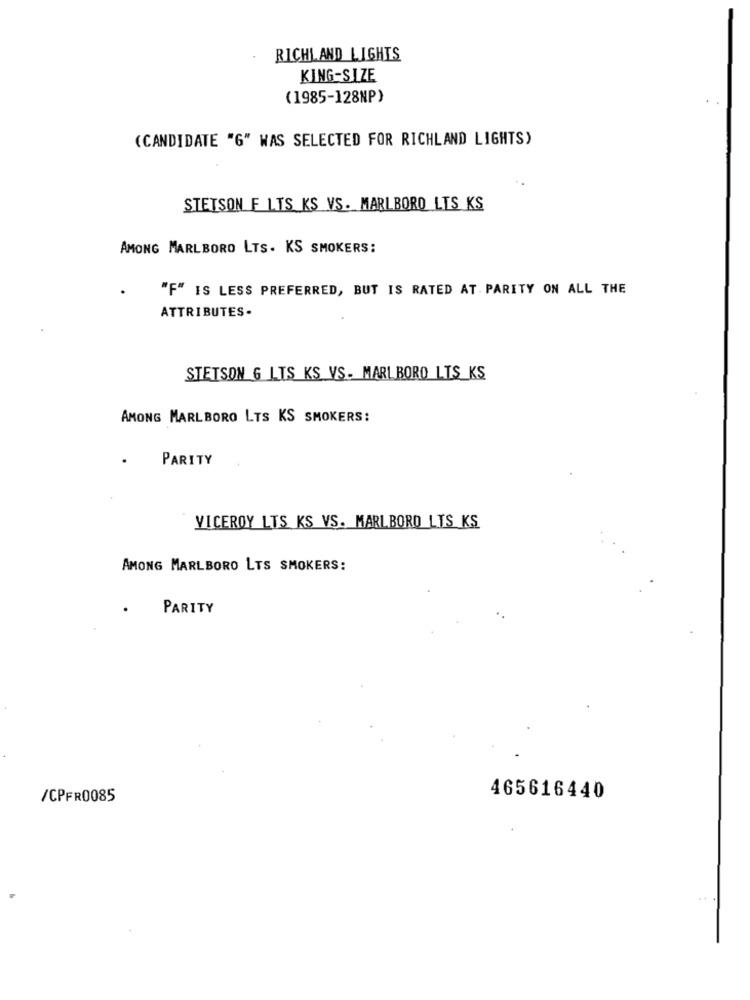
RICHLAND LIGHTS
KING-SIZE
(1985-128NP)
(CANDIDATE "G" WAS SELECTED FOR RICHLAND LIGHTS)
STETSON F L.TS KS VS. MARLBORO LTS KS
AMONG MARLBORO LTS. KS SMOKERS:
"F" IS LESS PREFERRED, BUT IS RATED AT PARITY ON ALL THE
ATTRIBUTES-
STETSON 6 LTS KS VS. MARLBORO LTS_KS
AMONG MARLBORO LTS KS SMOKERS:
.
PARITY
VICEROY LTS KS VS. MARLBORO LYS KS
AMONG MARLBORO LTS SMOKERS:
.
PARITY
/CPFR0085
465616440